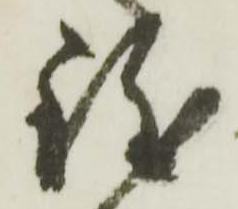
致